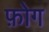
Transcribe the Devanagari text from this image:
फ़ोग